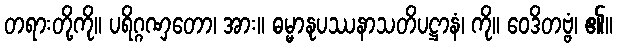
တရားတို့ကို။ ပရိဂ္ဂဏှတော၊ အား။ ဓမ္မာနုပဿနာသတိပဋ္ဌာနံ၊ ကို။ ဝေဒိတဗ္ဗံ၊ ၏။